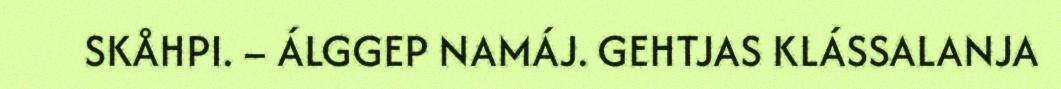
SKÅHPI. – ÁLGGEP NAMÁJ. GEHTJAS KLÁSSALANJA